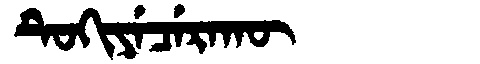
Manchu: ᡨᡠᡴᡳᠶᡝᠴᡝᡵᠠᡴᡡ
Romanization: TUKIYECERAKŪ